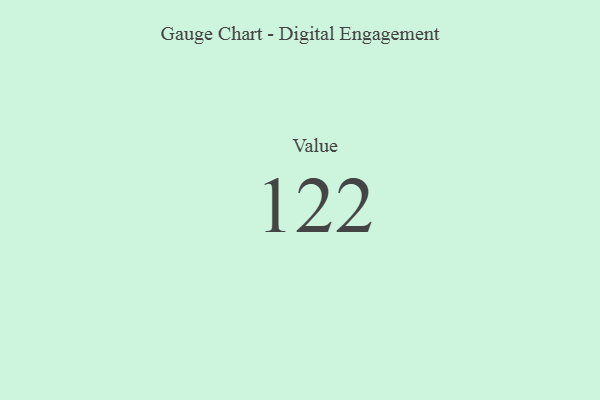
{"axis": {"x": "Metric", "y": "Value"}, "legend": [""], "data": [{"x": "Value", "y": 122, "type": ""}]}